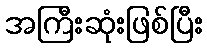
အကြီးဆုံးဖြစ်ပြီး